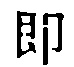
即